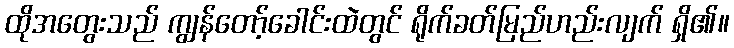
ထိုအတွေးသည် ကျွန်တော့်ခေါင်းထဲတွင် ရိုက်ခတ်မြည်ဟည်းလျက် ရှိ၏။